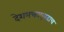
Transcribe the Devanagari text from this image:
देशभक्ताएवढाच